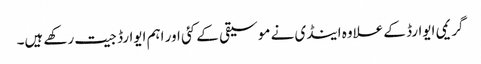
گریمی ایوارڈ کے علاوہ اینڈی نے موسیقی کے کئی اور اہم ایوارڈ جیت رکھے ہیں۔